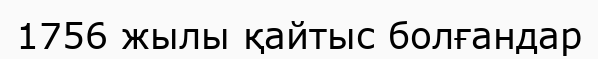
1756 жылы қайтыс болғандар